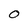
Character: O